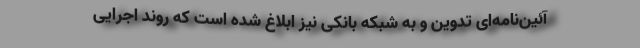
آئین‌نامه‌ای تدوین و به شبکه بانکی نیز ابلاغ شده است که روند اجرایی